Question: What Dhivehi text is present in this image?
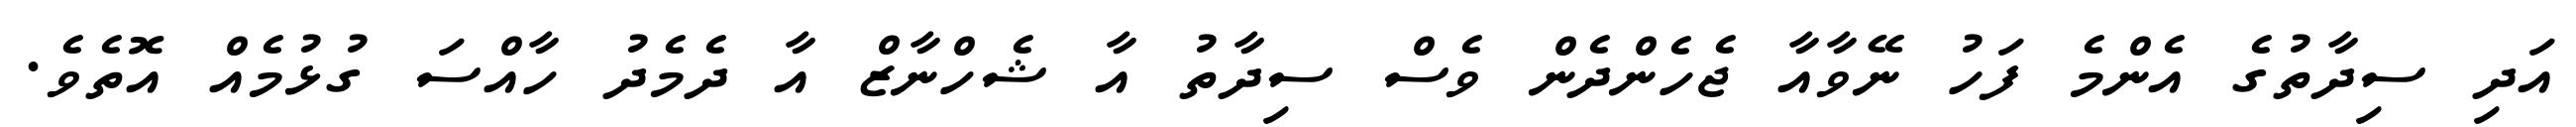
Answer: އަދި ސިދާތުގެ އެންމެ ފަހު ނޭވާއާ ޖެހެންދެން ވެސް ސިދާތު އާ ޝެހްނާޒް އާ ދެމެދު ހާއްސަ ގުޅުމެއް އޮތެވެ.